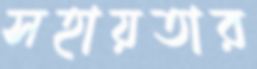
সহায়তার